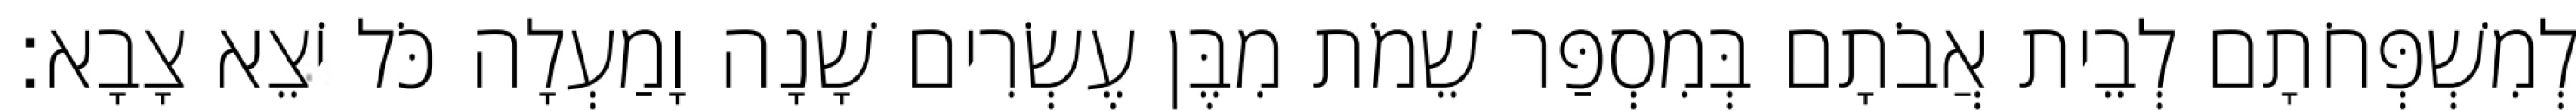
לְמִשְׁפְּחֹתָם לְבֵית אֲבֹתָם בְּמִסְפַּר שֵׁמֹת מִבֶּן עֶשְׂרִים שָׁנָה וָמַעְלָה כֹּל יֹצֵא צָבָא׃